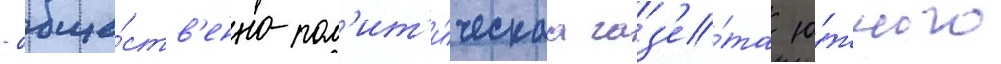
- обще́ств'енно-пол'ит'и́ческаа газ'е́та ю́жного